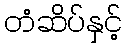
တံဆိပ်နှင့်